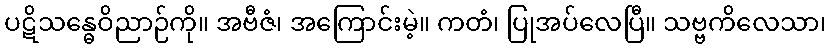
ပဋိသန္ဓေဝိညာဉ်ကို။ အဗီဇံ၊ အကြောင်းမဲ့။ ကတံ၊ ပြုအပ်လေပြီ။ သဗ္ဗကိလေသာ၊